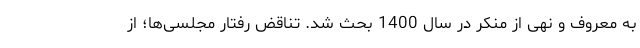
به معروف و نهی از منکر در سال 1400 بحث شد. تناقض رفتار مجلسی‌ها؛ از